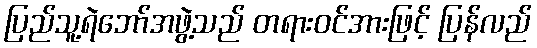
ပြည်သူ့ရဲဘော်အဖွဲ့သည် တရားဝင်အားဖြင့် ပြန်လည်